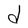
Character: d